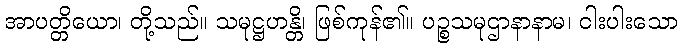
အာပတ္တိယော၊ တို့သည်။ သမုဋ္ဌဟန္တိ၊ ဖြစ်ကုန်၏။ ပဉ္စသမုဌာနာနာမ၊ ငါးပါးသော